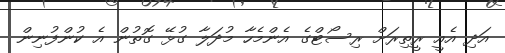
އަދި އެއީ ރީތިރަށް ރިސޯޓްގެ އެންމެހާ މުދަލާ ގުޅޭ ގޮތުން އެ ކުންފުނިން